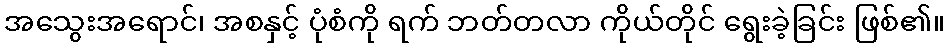
အသွေးအရောင်၊ အစနှင့် ပုံစံကို ရက် ဘတ်တလာ ကိုယ်တိုင် ရွေးခဲ့ခြင်း ဖြစ်၏။